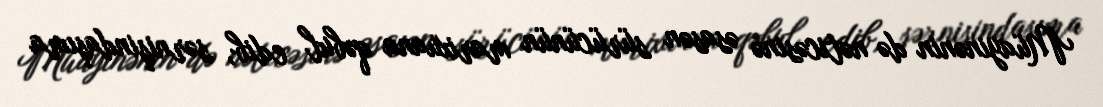
Müayinənin də nəticəsinə əsasən sürücünün marixuana qəbul edib, sərnişindaşıma